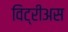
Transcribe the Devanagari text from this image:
विट्रीअस